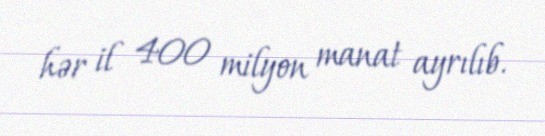
hər il 400 milyon manat ayrılıb.